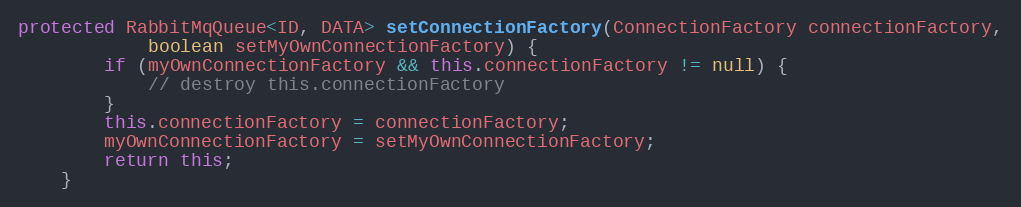
Language: Java
protected RabbitMqQueue<ID, DATA> setConnectionFactory(ConnectionFactory connectionFactory,
            boolean setMyOwnConnectionFactory) {
        if (myOwnConnectionFactory && this.connectionFactory != null) {
            // destroy this.connectionFactory
        }
        this.connectionFactory = connectionFactory;
        myOwnConnectionFactory = setMyOwnConnectionFactory;
        return this;
    }